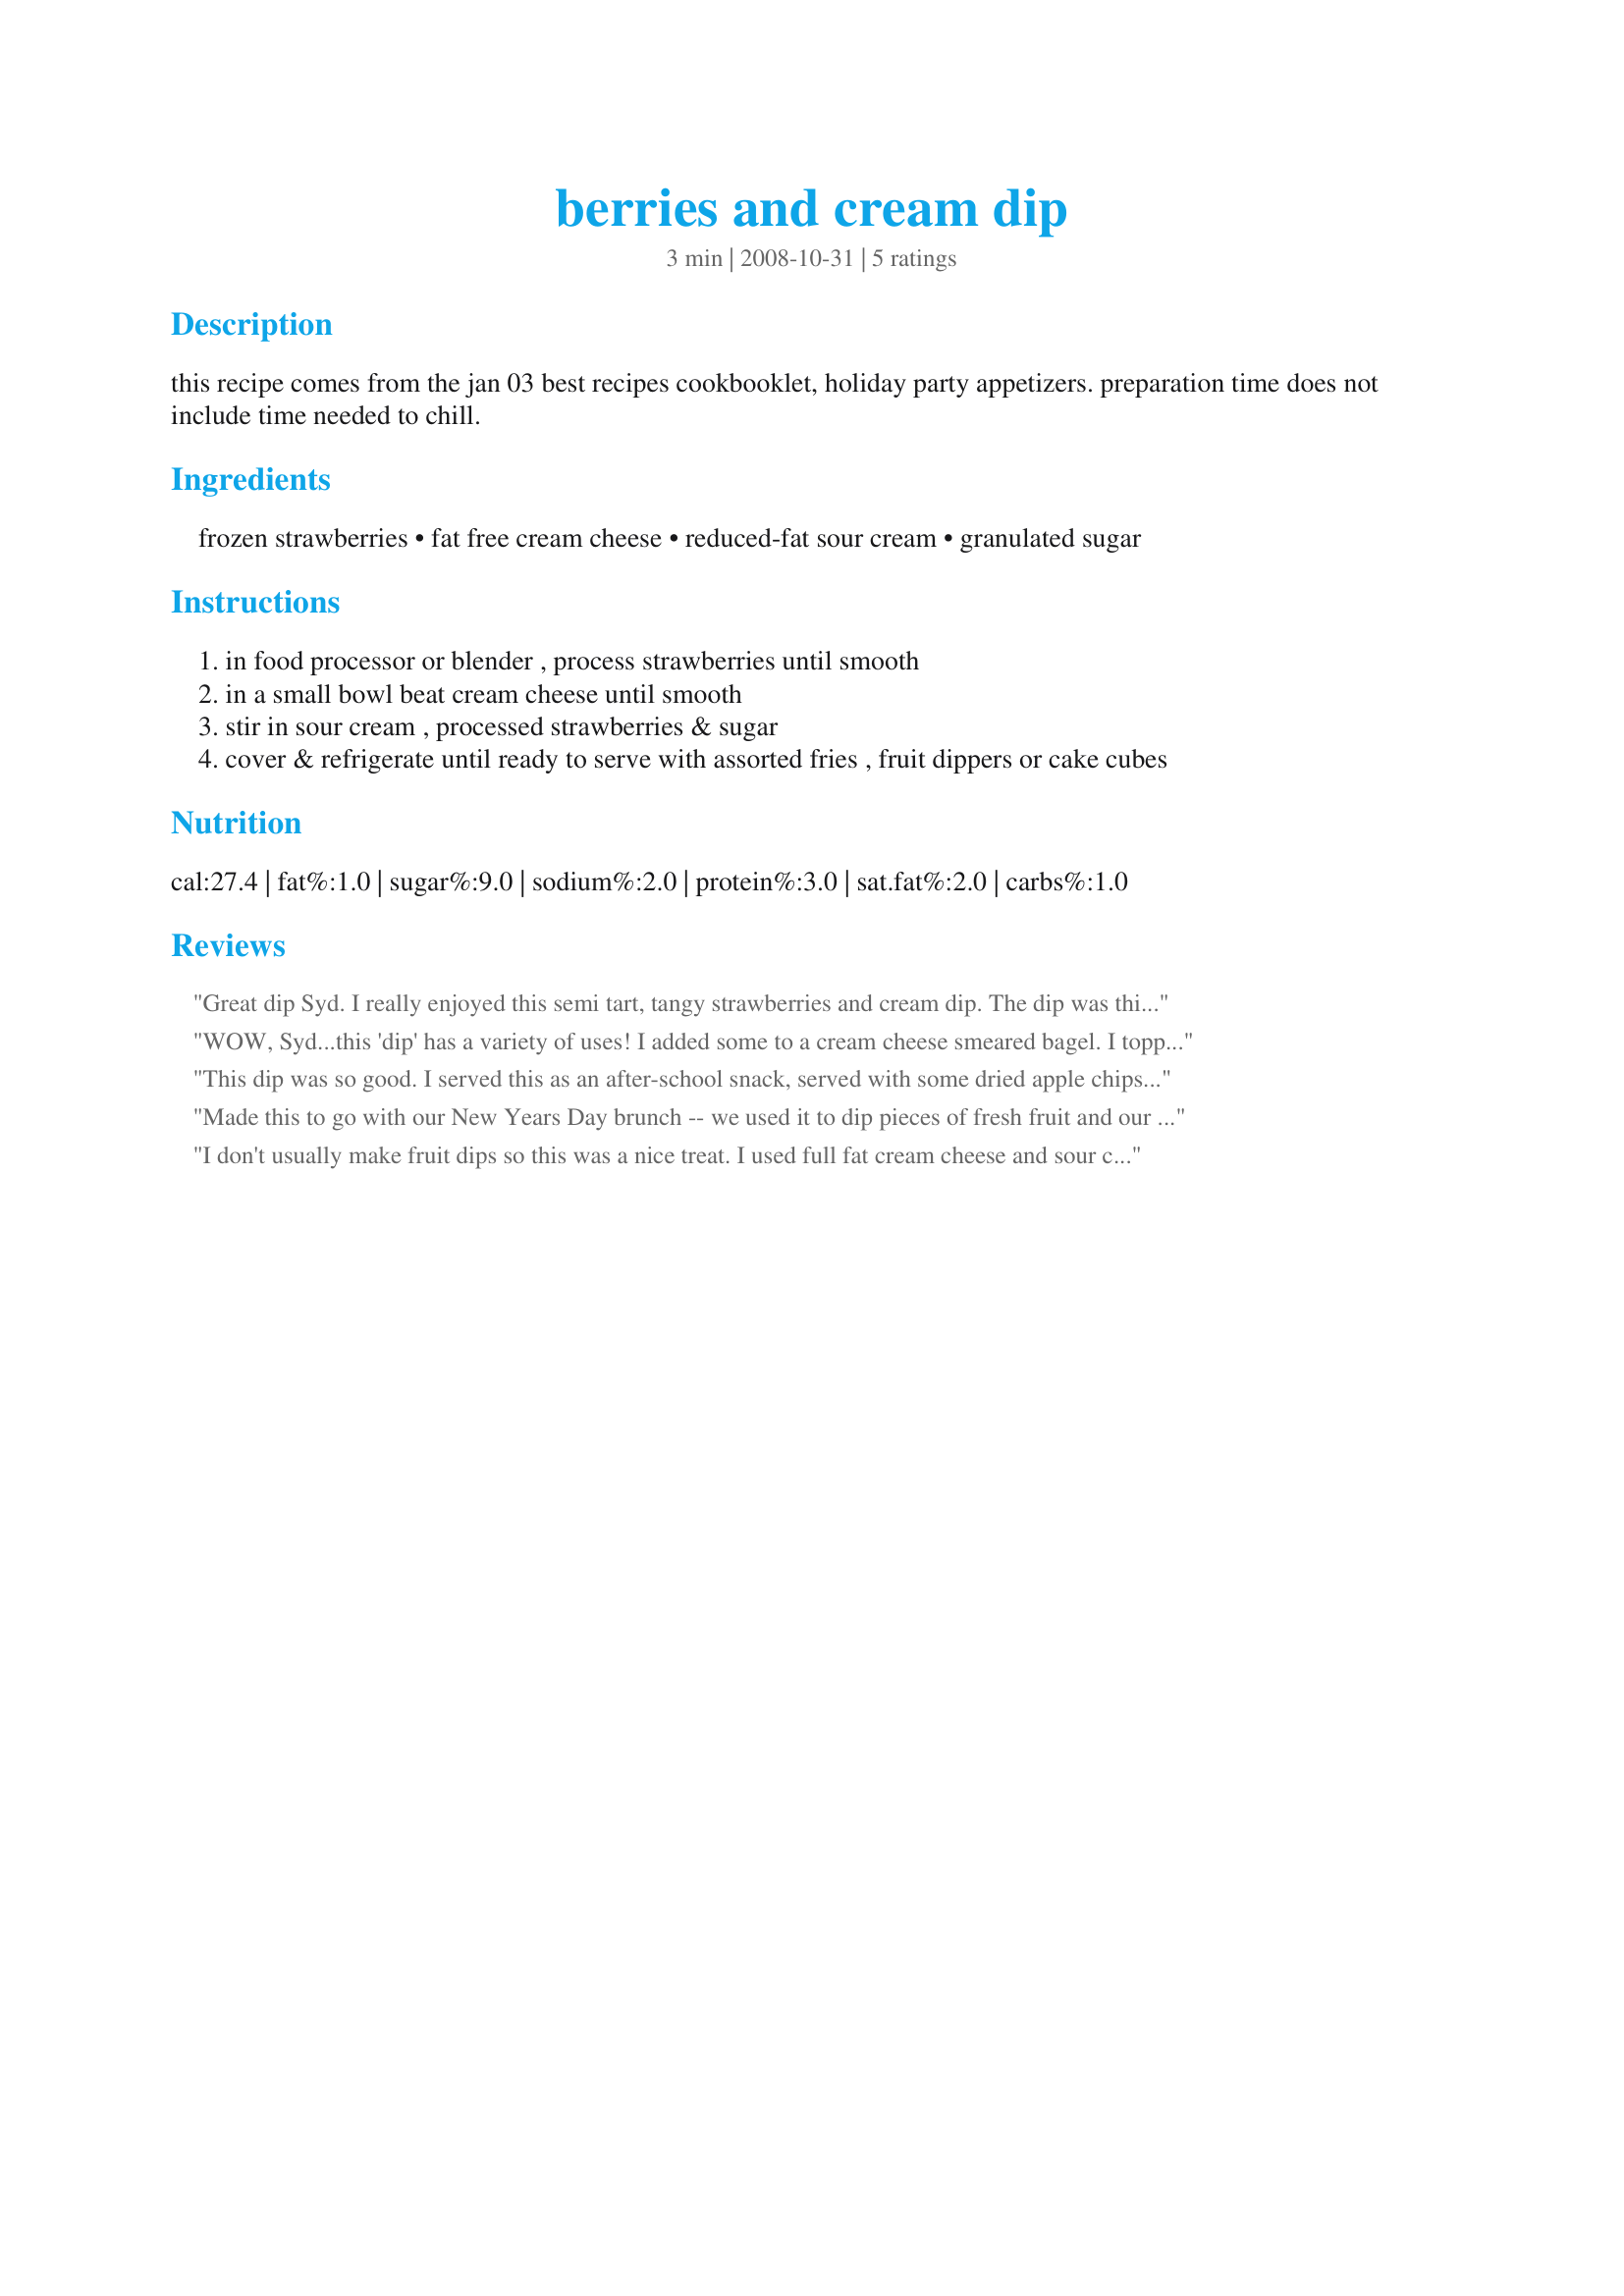
berries and cream dip
Preparation time: 3 minutes

this recipe comes from the jan 03 best recipes cookbooklet, holiday party appetizers. preparation time does not include time needed to chill.

Ingredients:
frozen strawberries, fat free cream cheese, reduced-fat sour cream, granulated sugar

Steps:
in food processor or blender , process strawberries until smooth
in a small bowl beat cream cheese until smooth
stir in sour cream , processed strawberries & sugar
cover & refrigerate until ready to serve with assorted fries , fruit dippers or cake cubes

Reviews:
Great dip Syd. I really enjoyed this semi tart, tangy strawberries and cream dip. The dip was thin, rich, creamy, smooth and had a nice fresh flavor that I enjoyed. It was wonderful served with fresh strawberries and cubes of angel food cake, and was even better the next day drizzled over Kittencal's recipe #337532. Thanks for sharing another winner.
WOW, Syd...this 'dip' has a variety of uses! I added some to a cream cheese smeared bagel. I topped a scoop of vanilla ice cream, and the grand finale: a neapolitan sundae, with a brownie bottom! The sauce was a bit tangy, which was a welcome addition to so much sweetness! I will definitely keep thinking of ways to share this with friends. Thanks for sharing with us, Sydney Mike!
This dip was so good. I served this as an after-school snack, served with some dried apple chips and bagel chips, but it would be just as great with so many other things. The list is endless. Thanks for sharing your recipe, Sydney Mike. Made for the "Please Review My Recipe" tag game.
Made this to go with our New Years Day brunch -- we used it to dip pieces of fresh fruit and our waffles (in lieu os syrup). The only change I made was to directly quarter the recipe, which worked out perfectly for the two of us! Thanks for posting! Made for PRMR tag January 2010!
I don't usually make fruit dips so this was a nice treat. I used full fat cream cheese and sour cream, and reduced the recipe to a quarter size. The strawberry was a bit light so added a little extra and also a little more sugar - thought what I added didn't really make it sweet. Low/non-fat items often substitute sugar for fat so that could be why this was still pretty tart, though I enjoyed that contrast with the sweetness of the banana I dipped in it. I also added a couple of drops of vanilla. Made for Best of 2010 Tag
